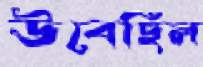
উবেছিল